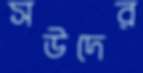
সউদের